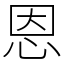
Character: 恩